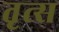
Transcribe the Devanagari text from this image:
तृत्स